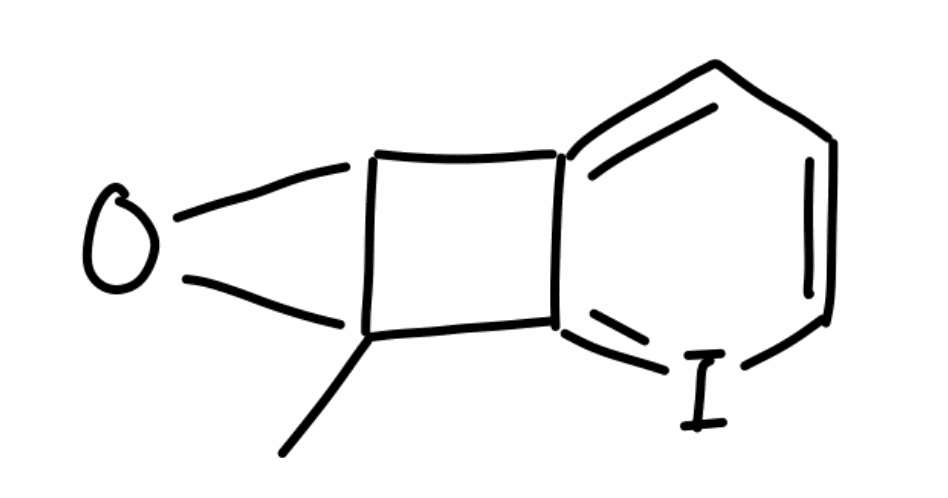
Simplified molecular-input line-entry system (SMILES) notation of the given molecule:
CC12C(O1)C3=CC=CI=C23